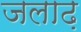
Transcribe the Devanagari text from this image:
जलाढ़